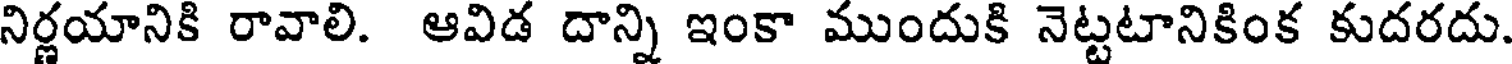
నిర్ణయానికి రావాలి. ఆవిడ దాన్ని ఇంకా ముందుకి నెట్టటానికింక కుదరదు.